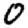
Digit: 0